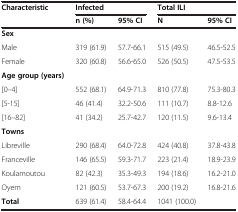
<table><thead><tr><td rowspan="2"><b>Characteristic</b></td><td colspan="2"><b>Infected</b></td><td colspan="2"><b>Total ILI</b></td></tr><tr><td><b>n (%)</b></td><td><b>95% CI</b></td><td><b>N</b></td><td><b>95% CI</b></td></tr></thead><tbody><tr><td><b>Sex</b></td><td> </td><td> </td><td> </td><td> </td></tr><tr><td>Male</td><td>319 (61.9)</td><td>57.7-66.1</td><td>515 (49.5)</td><td>46.5-52.5</td></tr><tr><td>Female</td><td>320 (60.8)</td><td>56.6-65.0</td><td>526 (50.5)</td><td>47.5-53.5</td></tr><tr><td><b>Age group (years)</b></td><td> </td><td> </td><td> </td><td> </td></tr><tr><td>[0–4]</td><td>552 (68.1)</td><td>64.9-71.3</td><td>810 (77.8)</td><td>75.3-80.3</td></tr><tr><td>[5-15]</td><td>46 (41.4)</td><td>32.2-50.6</td><td>111 (10.7)</td><td>8.8-12.6</td></tr><tr><td>[16–82]</td><td>41 (34.2)</td><td>25.7-42.7</td><td>120 (11.5)</td><td>9.6-13.4</td></tr><tr><td><b>Towns</b></td><td> </td><td> </td><td> </td><td> </td></tr><tr><td>Libreville</td><td>290 (68.4)</td><td>64.0-72.8</td><td>424 (40.8)</td><td>37.8-43.8</td></tr><tr><td>Franceville</td><td>146 (65.5)</td><td>59.3-71.7</td><td>223 (21.4)</td><td>18.9-23.9</td></tr><tr><td>Koulamoutou</td><td>82 (42.3)</td><td>35.3-49.3</td><td>194 (18.6)</td><td>16.2-21.0</td></tr><tr><td>Oyem</td><td>121 (60.5)</td><td>53.7-67.3</td><td>200 (19.2)</td><td>16.8-21.6</td></tr><tr><td><b>Total</b></td><td>639 (61.4)</td><td>58.4-64.4</td><td>1041 (100.0)</td><td> </td></tr></tbody></table>